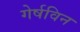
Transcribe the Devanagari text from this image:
गेर्षविन